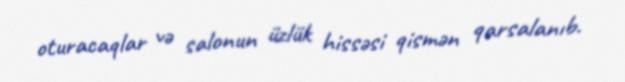
oturacaqlar və salonun üzlük hissəsi qismən qarsalanıb.